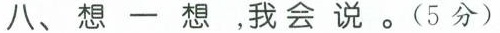
八、想一想，我会说。(5分)